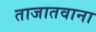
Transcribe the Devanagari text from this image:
ताजातवाना